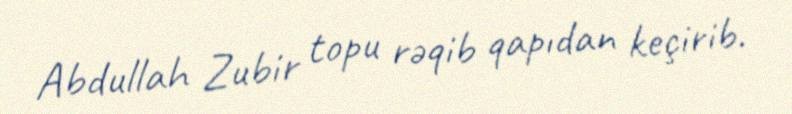
Abdullah Zubir topu rəqib qapıdan keçirib.